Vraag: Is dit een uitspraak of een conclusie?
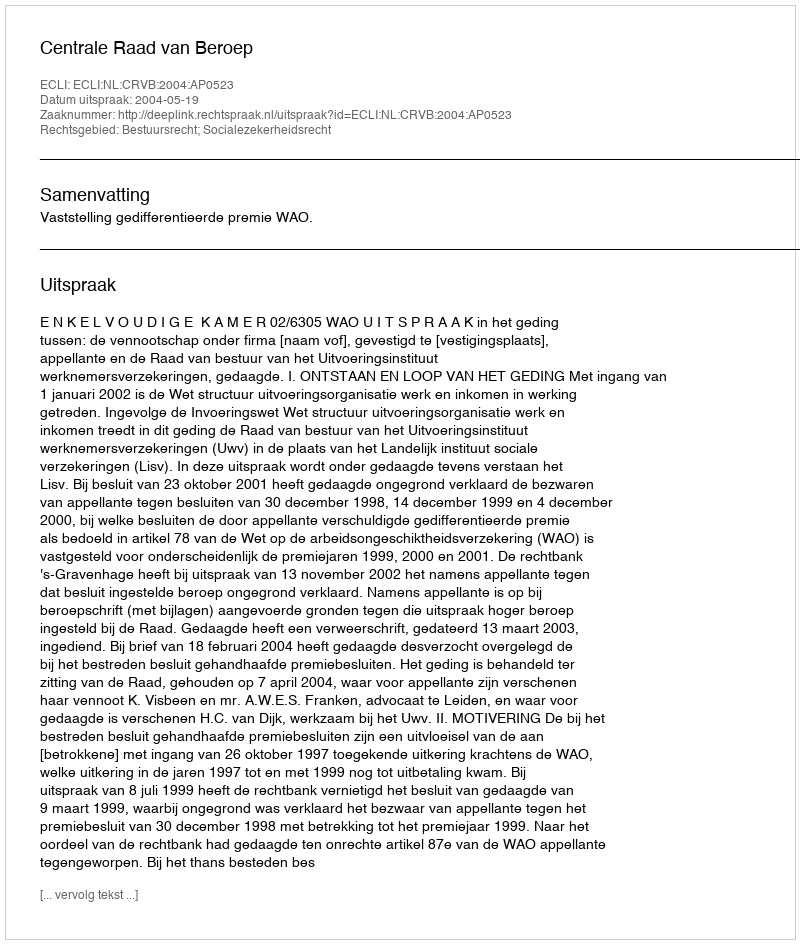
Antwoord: Uitspraak